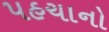
પહચાનો